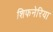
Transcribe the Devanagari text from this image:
शिफनेरिया